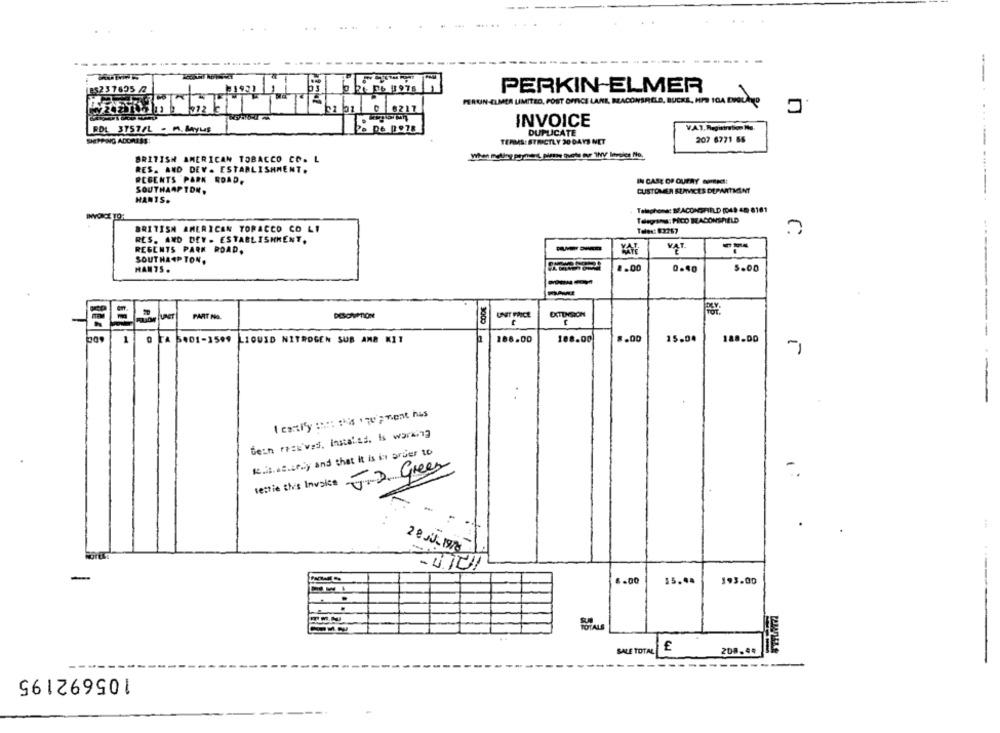
125237695 /2
PERKIN ELMER
PERUN-ELMER LIMITED, POST OFFICE LAME, BEACONSRELD, BUCKE, HAS SCA EVOLA
32 01 0 8217
. .
INVOICE
ROL 3757/L - M. MAyLas
20 DE 1978
DUPLICATE
V.A.3, Registration No.
SHEPPING ADDRESS:
TERMS: STRICTLY 20 DAYS NET
207 6771 85
BRITISH AMERICAN TOBACCO CO. L
RES. AND DEV. ESTABLISHMENT.
REGENTS PARK ROAD,
IN CASE OF QUERY contec !!
SOUTHAMPTON,
CUSTOMER SERVICES DEPARTMENT
HANTS.
Telephone: BEACONSFIELD [049 42 8161
Telegangs: PICO BEACONSHELD
BRITISH AMERICAN TORACCO CO LI
Teles: 83267
RES. AND DET . ESTABLISHMENT.
REGENTS PARK ROAD.
--
VAT.
SOUTHAMPTON,
HAN75.
8.00
0.40
5.00
PART No.
DESONPTION
UNIT PRICE
EXTENSION
FA
8.00
5001-1599 LIQUID NITROGEN SUB ANA KIT
186.00
108.00
15.04
188.00
I cantity :::: : His Top vient has
Gern rees'ves, Instalas. Is working
Kais. es .. fly and that It is in order to
lettie this Invoice TD Green
-
2 8 JUL 19/8
6.00
$5.44
193.00
SALE TOTAL
208.44
105692195